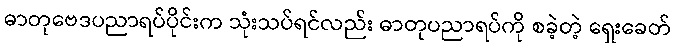
ဓာတုဗေဒပညာရပ်ပိုင်းက သုံးသပ်ရင်လည်း ဓာတုပညာရပ်ကို စခဲ့တဲ့ ရှေးခေတ်